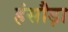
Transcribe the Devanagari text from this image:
हंसौड़ा